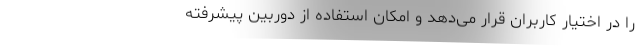
را در اختیار کاربران قرار می‌دهد و امکان استفاده از دوربین پیشرفته